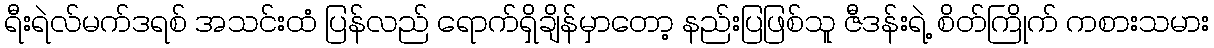
ရီးရဲလ်မက်ဒရစ် အသင်းထံ ပြန်လည် ရောက်ရှိချိန်မှာတော့ နည်းပြဖြစ်သူ ဇီဒန်းရဲ့ စိတ်ကြိုက် ကစားသမား